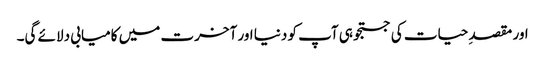
اور مقصدِ حیات کی جستجو ہی آپ کو دنیا اور آخرت میں کامیابی دلائے گی۔